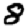
Digit: 8